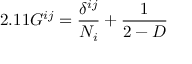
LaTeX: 2 . 1 1 G ^ { i j } = \frac { \delta ^ { i j } } { N _ { i } } + \frac { 1 } { 2 - D }